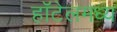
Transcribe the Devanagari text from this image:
हॉटेलमध्य